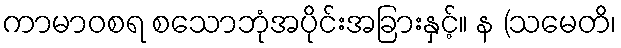
ကာမာဝစရ စသောဘုံအပိုင်းအခြားနှင့်။ န (သမေတိ၊